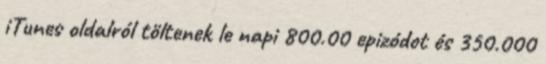
iTunes oldalról töltenek le napi 800.00 epizódot és 350.000